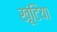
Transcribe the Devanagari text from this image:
खूंटिया